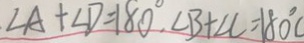
\angle A + \angle D = 1 8 0 ^ { \circ } , \angle B + \angle C = 1 8 0 ^ { \circ }